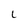
Character: L